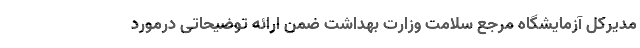
مدیرکل آزمایشگاه مرجع سلامت وزارت بهداشت ضمن ارائه توضیحاتی درمورد